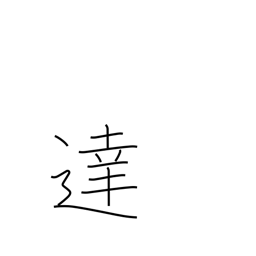
Meaning: reach